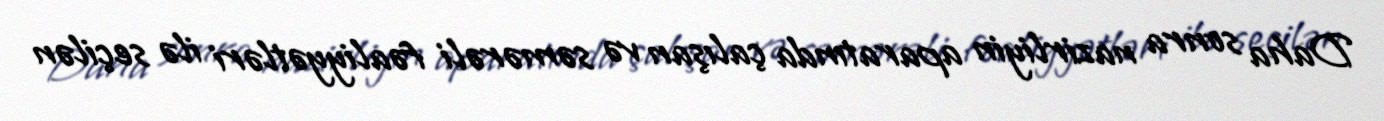
Daha sonra nazirliyin aparatında çalışan və səmərəli fəaliyyətləri ilə seçilən